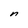
Character: n